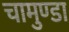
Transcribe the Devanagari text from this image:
चामुण्‍डा